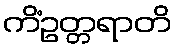
ကိံဥတ္တရာတိ